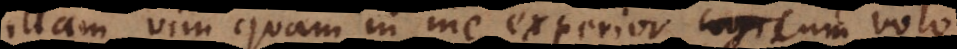
illam vim quam in me experior cum volo